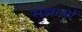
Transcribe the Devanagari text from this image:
संज्ञाओें